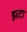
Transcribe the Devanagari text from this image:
झटा